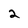
Character: 2